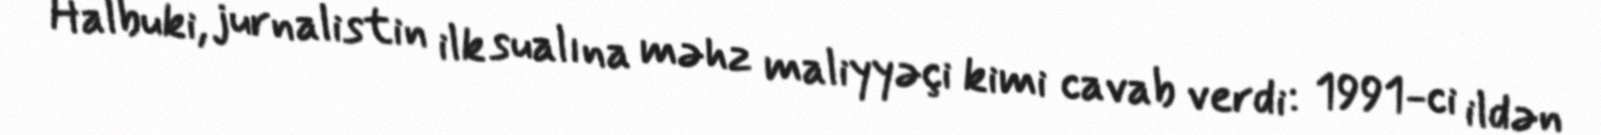
Halbuki, jurnalistin ilk sualına məhz maliyyəçi kimi cavab verdi: 1991-ci ildən